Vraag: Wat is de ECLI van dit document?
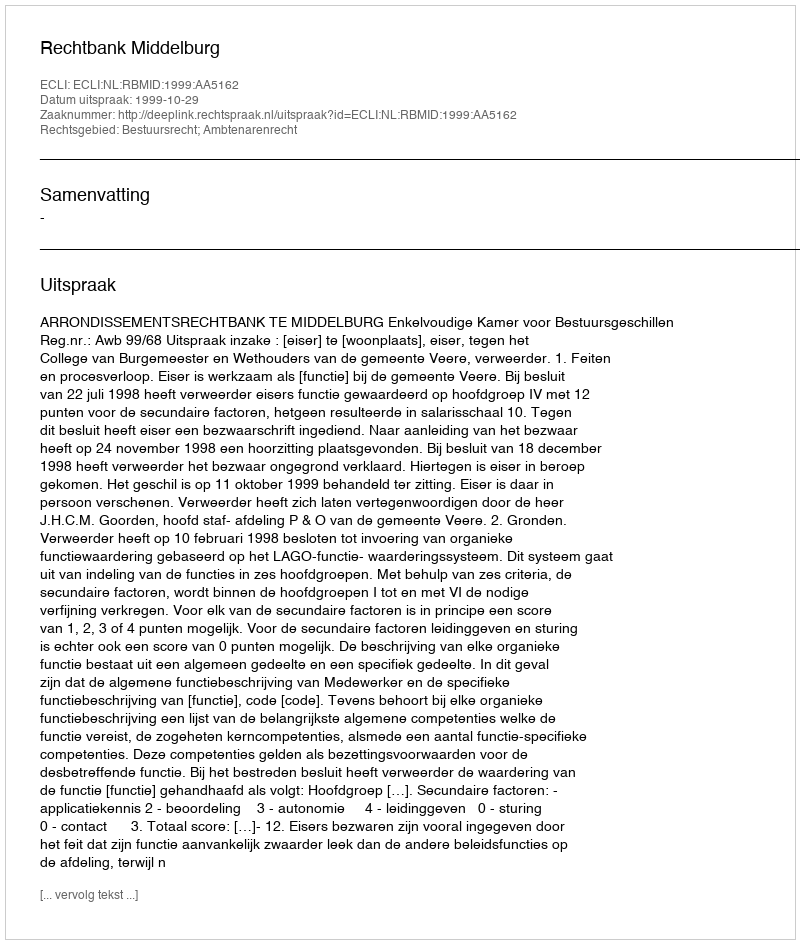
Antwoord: ECLI:NL:RBMID:1999:AA5162